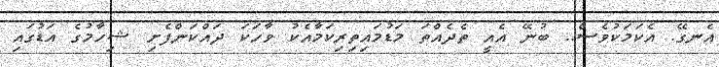
އެނގޭ. އެކަމަކުވެސް.. ބުނޭ އެއީ ތެދެއްތަ މަޑުމައިތިރިކަމާއެކު ވާހަކަ ދައްކަންފެށި ޝިހާމުގެ އަޑުގައި